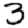
Digit: 3